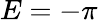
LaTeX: E=-\pi